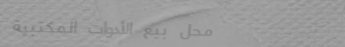
محل بيع الأدوات المكتبية